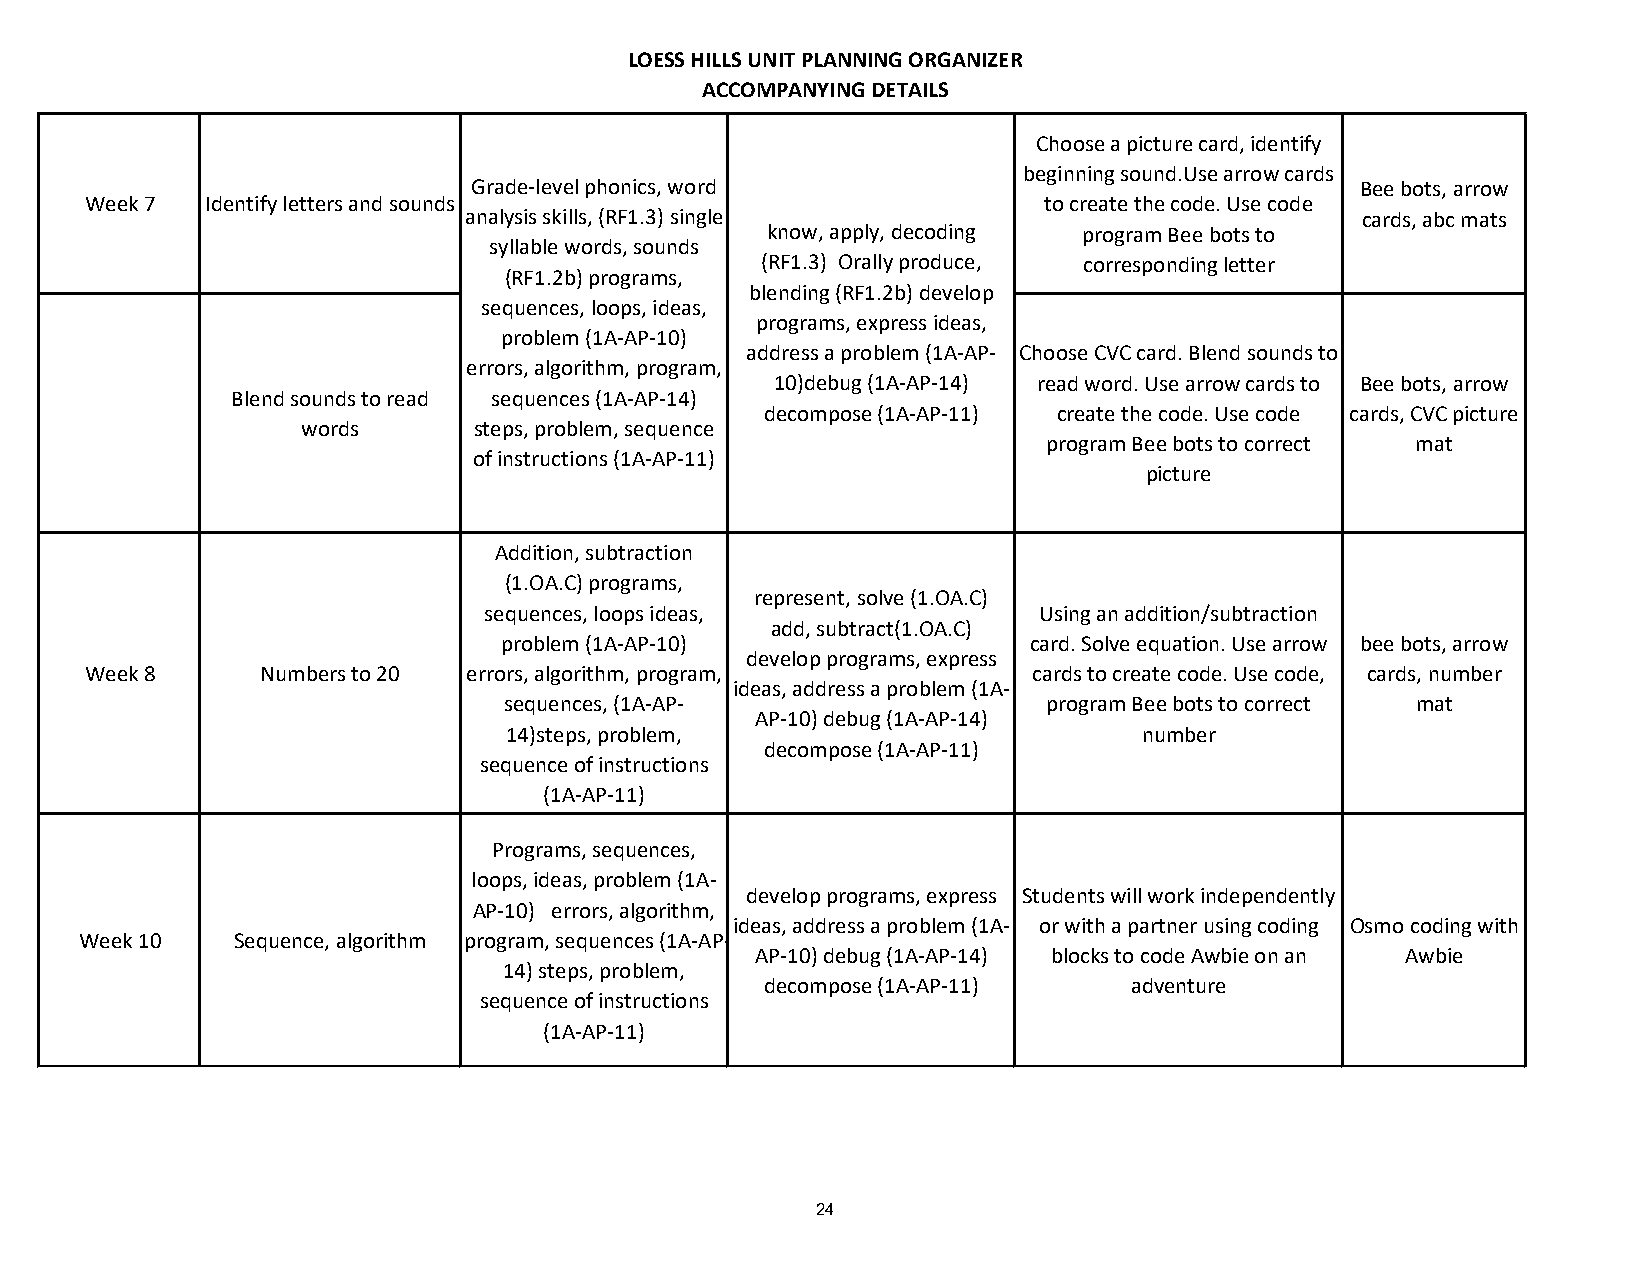
LOESS HILLS UNIT PLANNING ORGANIZER
 ACCOMPANYING DETAILS
 Choose a picture card, identify
 beginning sound.Use arrow cards
 Grade-level phonics, word                                  Bee bots, arrow
 Week 7  Identify letters and sounds                            to create the code. Use code
 analysis skills, (RF1.3) single                            cards, abc mats
 know, apply, decoding program Bee bots to
 syllable words, sounds
 (RF1.3) Orally produce, corresponding letter
 (RF1.2b) programs,
 blending (RF1.2b) develop
 sequences, loops, ideas,
 programs, express ideas,
 problem (1A-AP-10)
 address a problem (1A-AP- Choose CVC card. Blend sounds to
 errors, algorithm, program,
 10)debug (1A-AP-14) read word. Use arrow cards to Bee bots, arrow
 Blend sounds to read sequences (1A-AP-14)
 decompose (1A-AP-11) create the code. Use code cards, CVC picture
 words      steps, problem, sequence
 program Bee bots to correct mat
 of instructions (1A-AP-11)
 picture
 Addition, subtraction
 (1.OA.C) programs,
 represent, solve (1.OA.C)
 sequences, loops ideas,              Using an addition/subtraction
 add, subtract(1.OA.C)
 problem (1A-AP-10)                 card. Solve equation. Use arrow bee bots, arrow
 develop programs, express
 Week 8     Numbers to 20 errors, algorithm, program,          cards to create code. Use code, cards, number
 ideas, address a problem (1A-
 sequences, (1A-AP-                  program Bee bots to correct mat
 AP-10) debug (1A-AP-14)
 14)steps, problem,                         number
 decompose (1A-AP-11)
 sequence of instructions
 (1A-AP-11)
 Programs, sequences,
 loops, ideas, problem (1A-
 develop programs, express Students will work independently
 AP-10) errors, algorithm,
 ideas, address a problem (1A- or with a partner using coding Osmo coding with
 Week 10   Sequence, algorithm program, sequences (1A-AP-
 AP-10) debug (1A-AP-14) blocks to code Awbie on an Awbie
 14) steps, problem,
 decompose (1A-AP-11)    adventure
 sequence of instructions
 (1A-AP-11)
 24